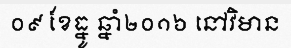
០៩ ខែធ្នូ ឆ្នាំ២០១៦ នៅវិមាន